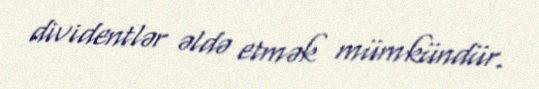
dividentlər əldə etmək mümkündür.